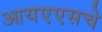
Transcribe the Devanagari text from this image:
आयएएसचे